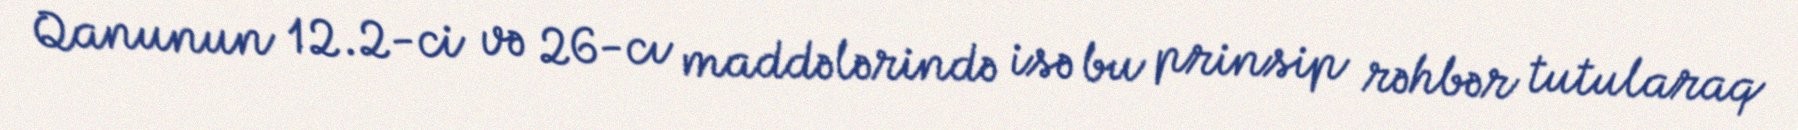
Qanunun 12.2-ci və 26-cı maddələrində isə bu prinsip rəhbər tutularaq